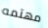
مهتمه